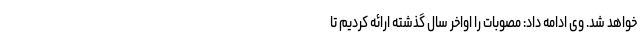
خواهد شد. وی ادامه داد: مصوبات را اواخر سال گذشته ارائه کردیم تا